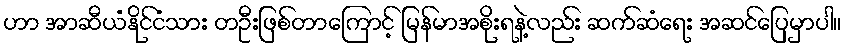
ဟာ အာဆီယံနိုင်ငံသား တဦးဖြစ်တာကြောင့် မြန်မာအစိုးရနဲ့လည်း ဆက်ဆံရေး အဆင်ပြေမှာပါ။